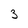
Character: 3